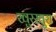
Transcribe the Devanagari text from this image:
खुरखुरा